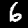
Label: 6